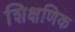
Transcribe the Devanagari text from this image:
शिक्षणिक